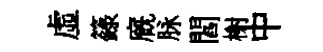
虛籙廐脉閻榭中